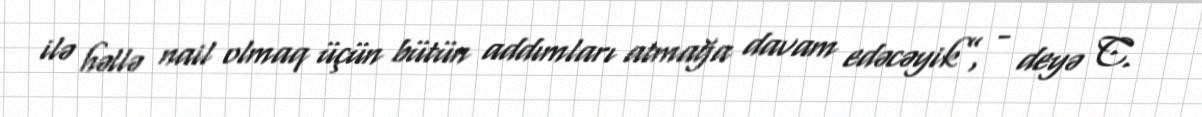
ilə həllə nail olmaq üçün bütün addımları atmağa davam edəcəyik”, - deyə C.